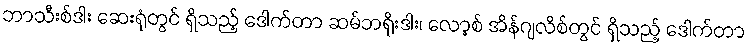
ဘာသီးစ်ဒါး ဆေးရုံတွင် ရှိသည့် ဒေါက်တာ ဆမ်ဘရိုးဒါး၊ လော့စ် အိန်ဂျလိစ်တွင် ရှိသည့် ဒေါက်တာ